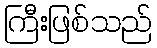
ကြီးဖြစ်သည်